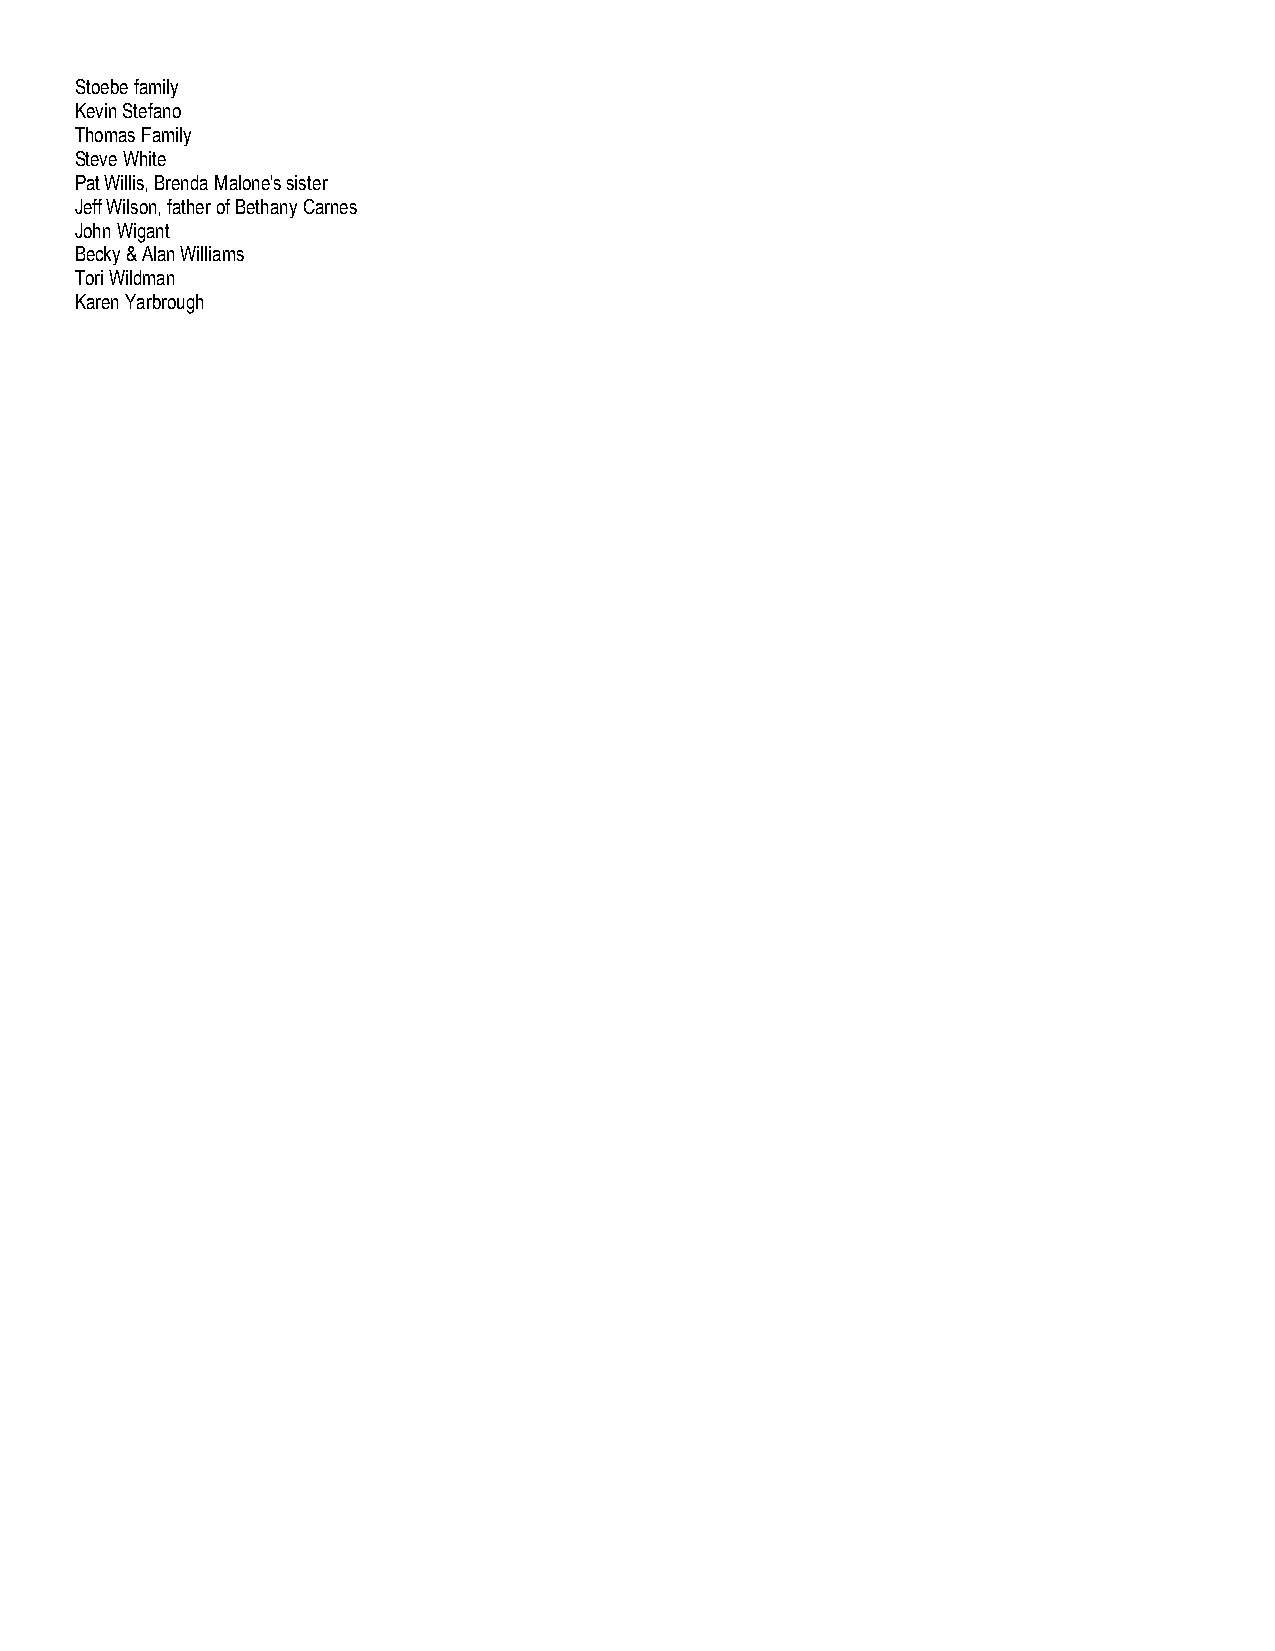
Stoebe family
 Kevin Stefano
 Thomas Family
 Steve White
 Pat Willis, Brenda Malone's sister
 Jeff Wilson, father of Bethany Carnes
 John Wigant
 Becky & Alan Williams
 Tori Wildman
 Karen Yarbrough